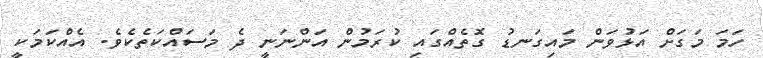
ހަމަ މަަގަށް އަޅުވަން މައިގަނޑު ގޮތެއްގައި ކުރަމުން އަންނަނީ ދެ މަސައްކަތެކެވެ. އެއްކަމަކީ